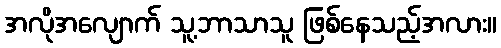
အလိုအလျောက် သူ့ဘာသာသူ ဖြစ်နေသည့်အလား။